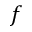
f